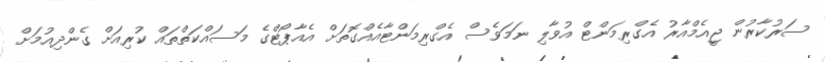
ސަރުކާރުން ޖީއެމްއާރު އެގްރިމަންޓް އުވާލި ނަމަވެސް އެގްރިމަންޓާއެއްގޮތަށް އެއާޕޯޓްގެ މަސައްކަތްތައް ކުރިއަށް ގެންދިއުމަށް